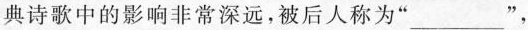
典诗歌中的影响非常深远，被后人称为”___”，